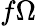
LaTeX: f\Omega